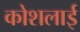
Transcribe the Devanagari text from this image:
कोशलाई